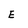
Character: E